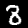
Digit: 8